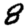
Digit: 8